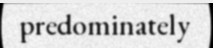
predominately